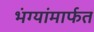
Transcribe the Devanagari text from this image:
भंग्यांमार्फत